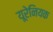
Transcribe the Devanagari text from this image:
यूरेनियक